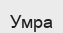
Умра